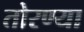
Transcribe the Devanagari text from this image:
तोरण्या